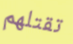
تقتلهم